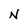
Character: N